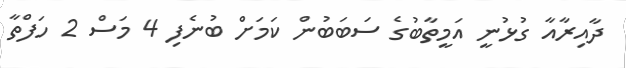
ދާއިރާއާ ގުޅުނީ އަމީތާބުގެ ސަބަބުން ކަމަށް ބުނެފި 4 މަސް 2 ހަފްތާ